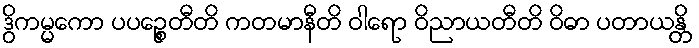
ဒွိကမ္မကော ပပဉ္စေတီတိ ကတမာနီတိ ဝါရော ဝိညာယတီတိ ဝိဓာ ပတာယန္တိ